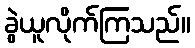
ခွဲယူလိုက်ကြသည်။